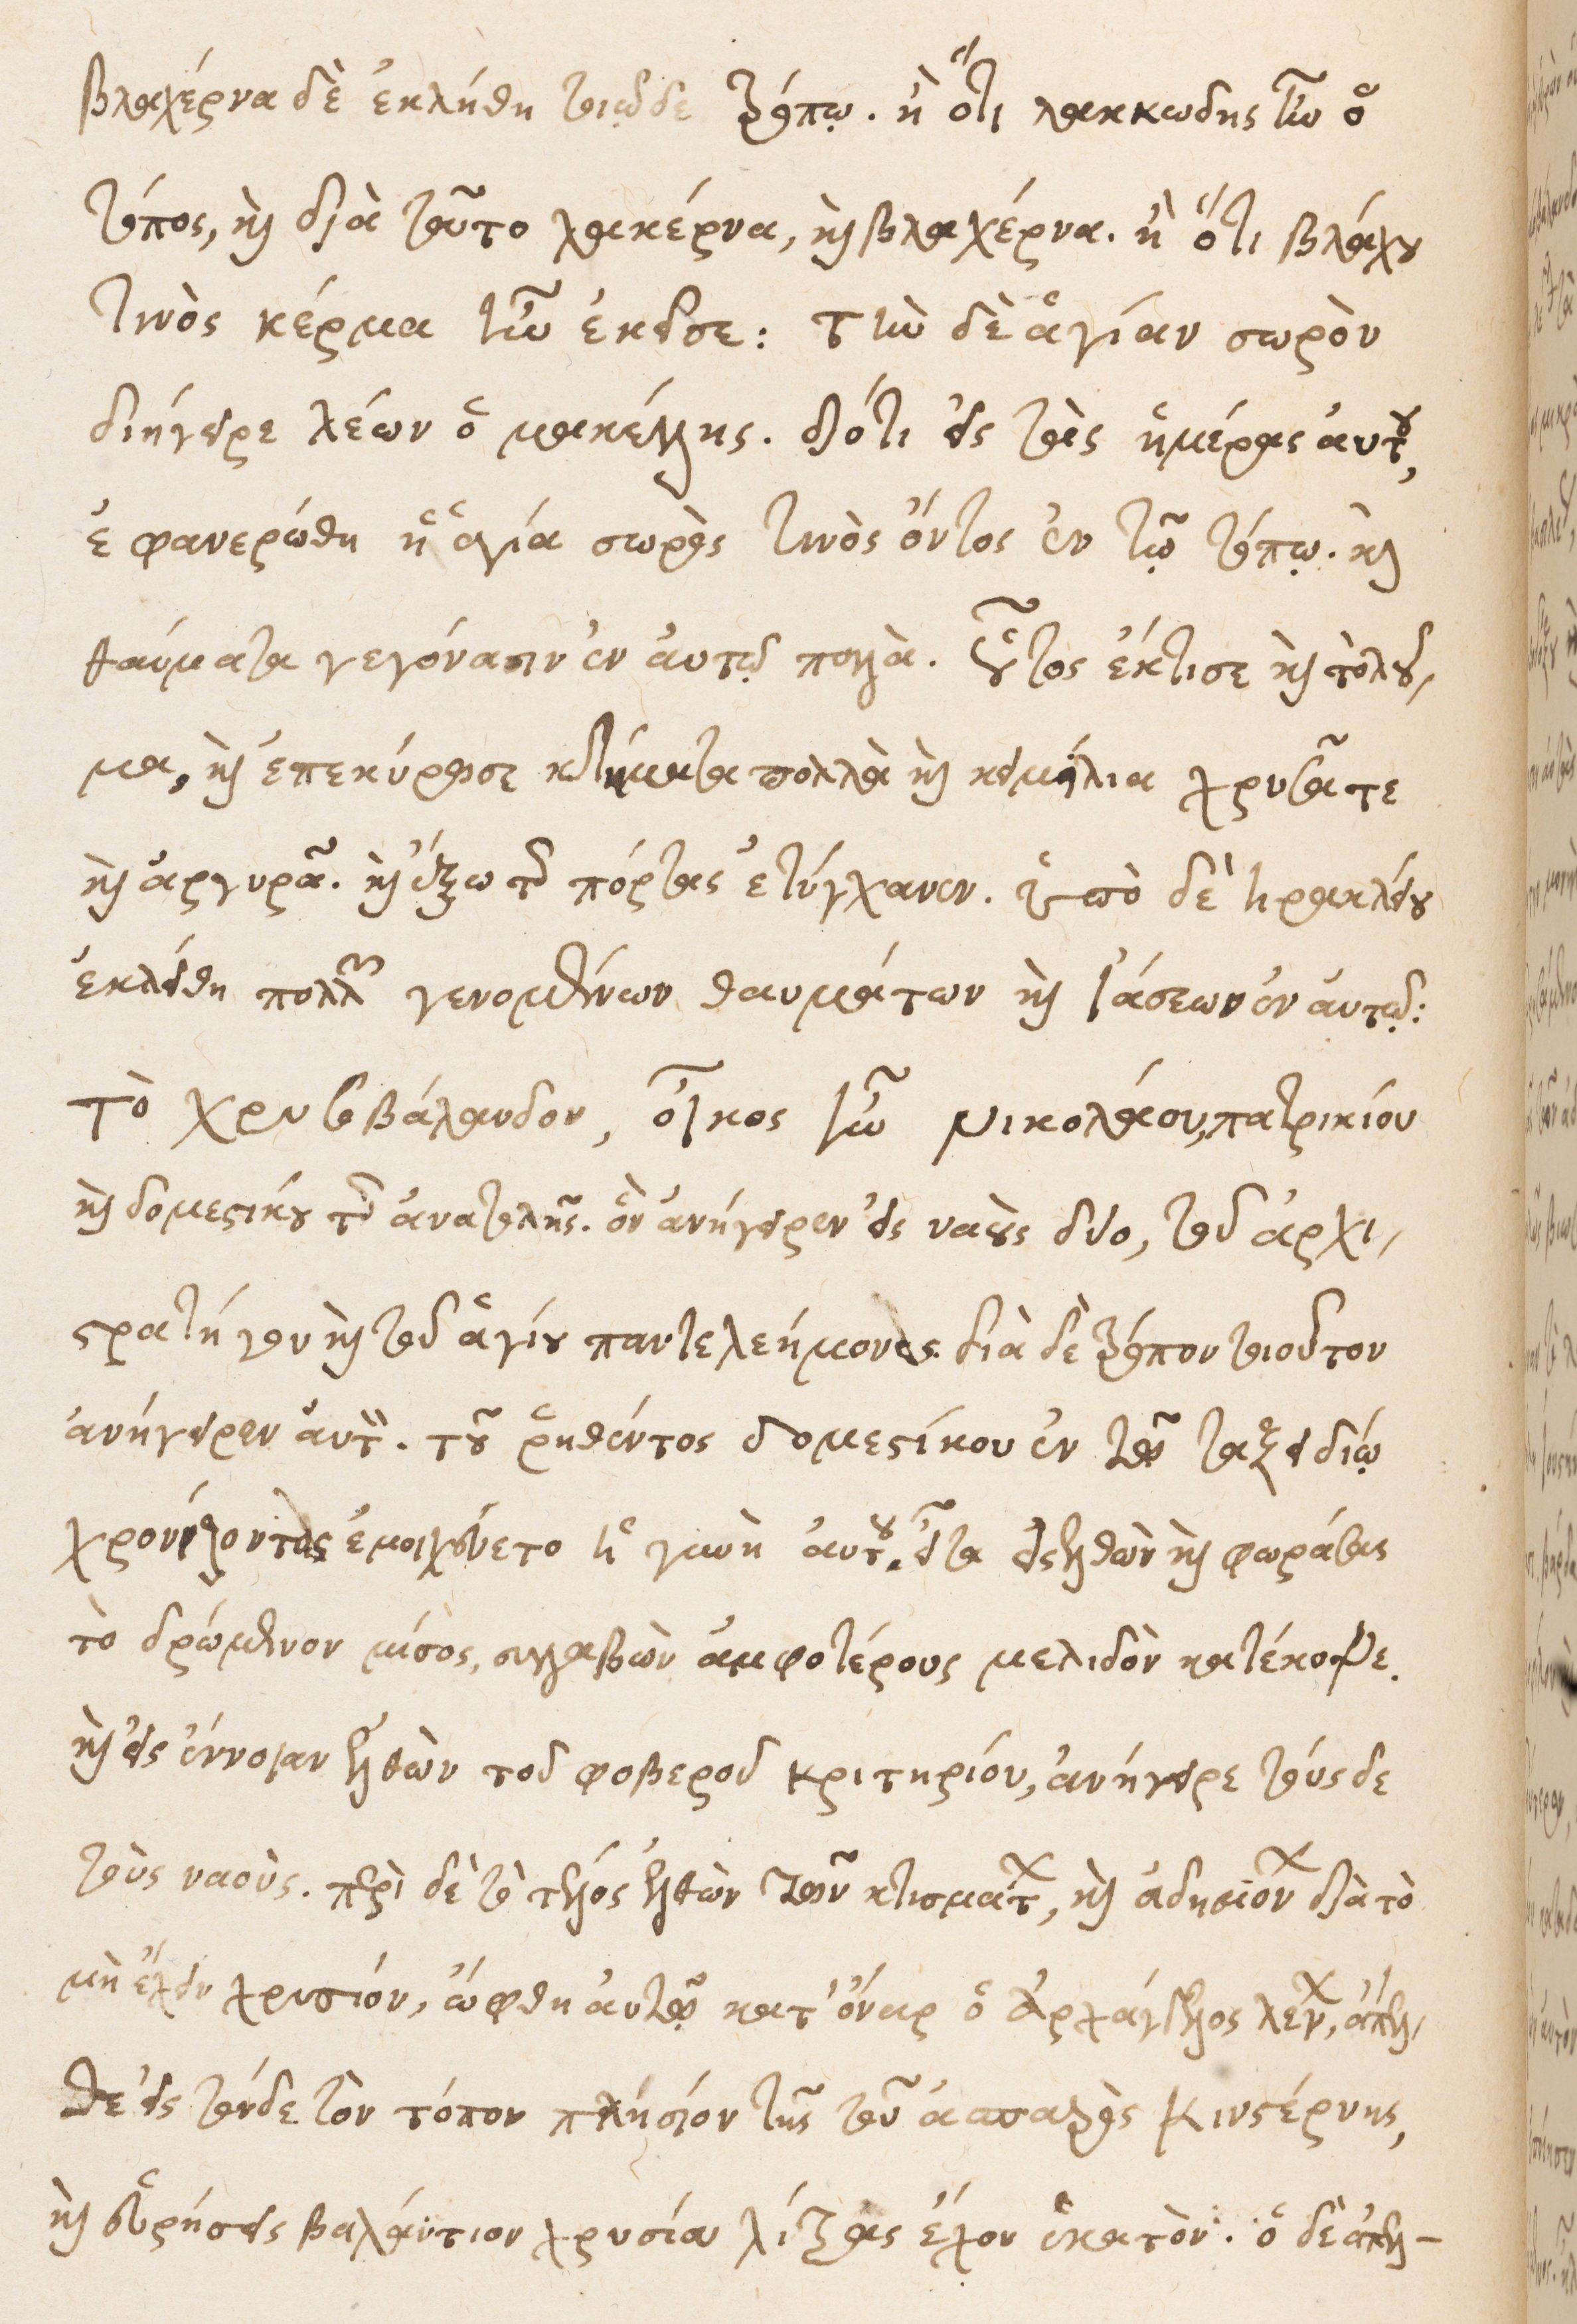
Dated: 1535–1575